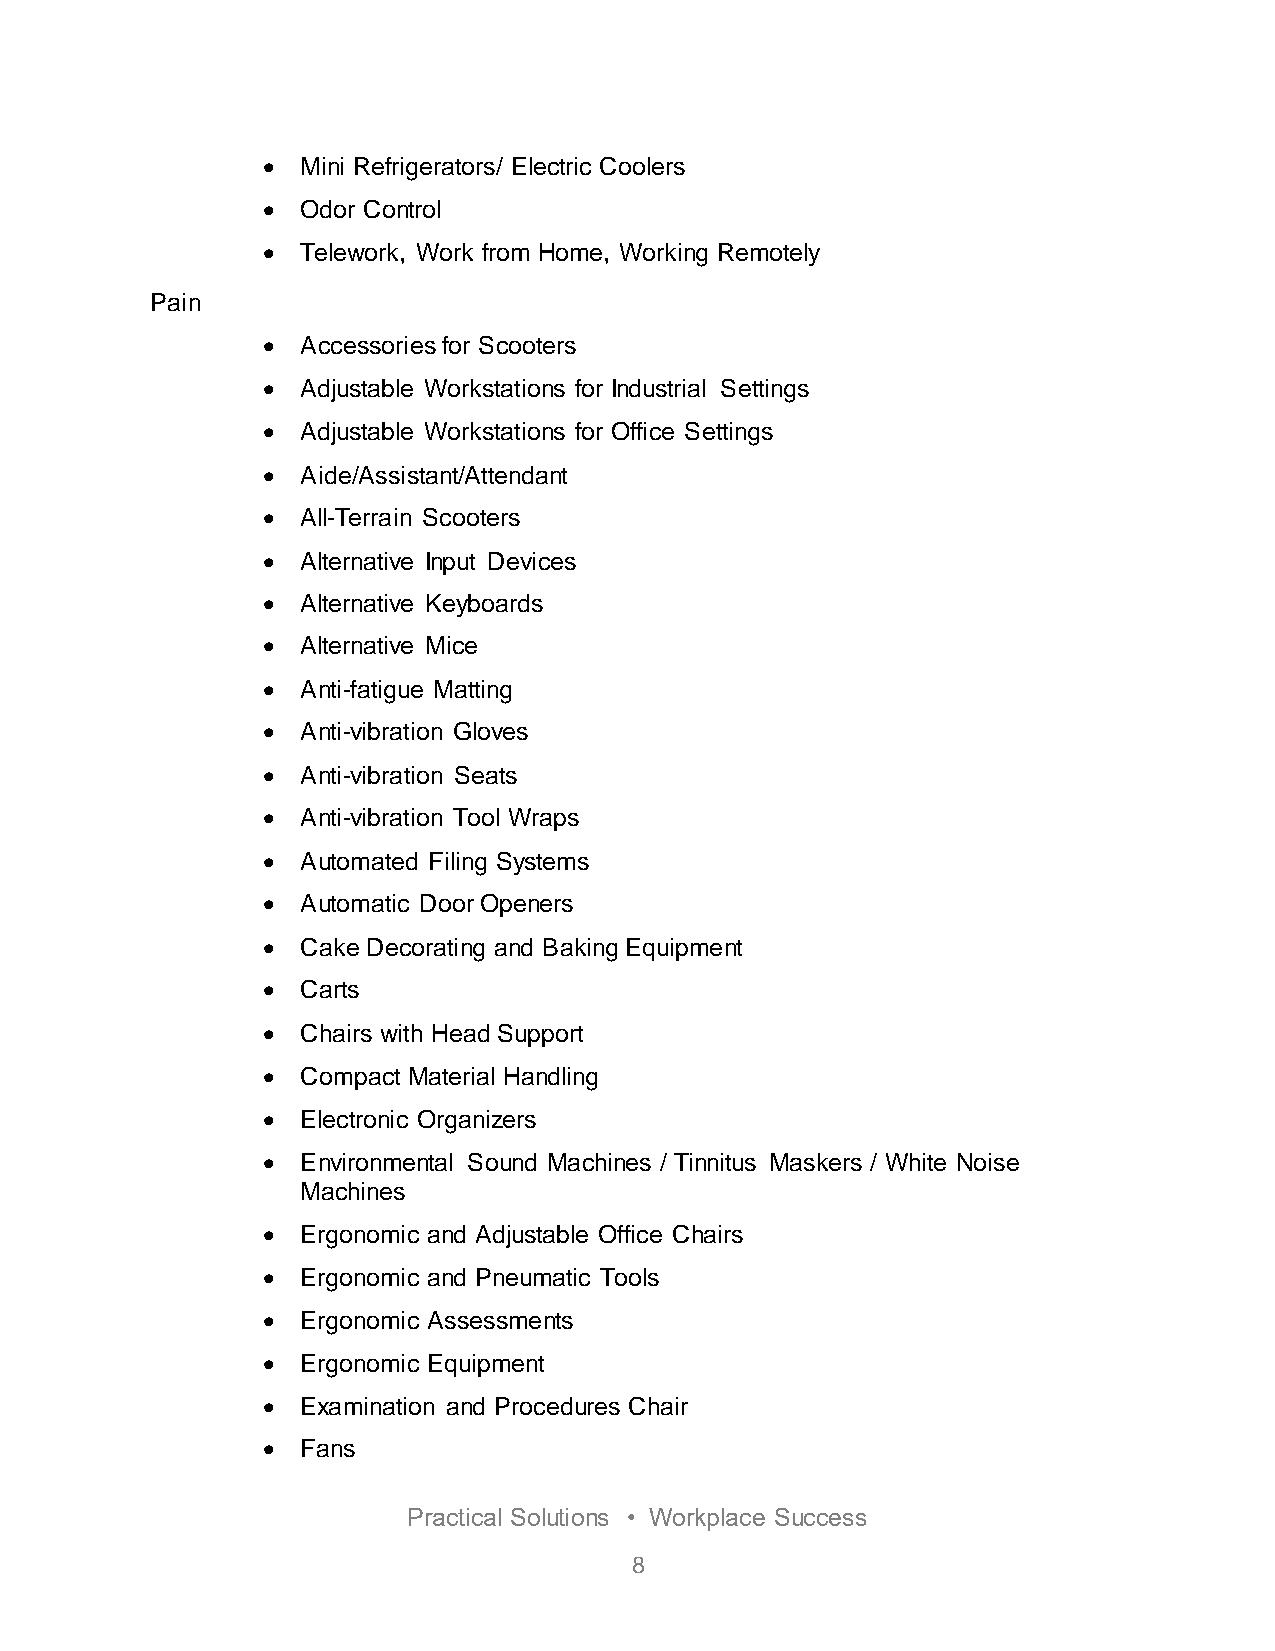
  Mini Refrigerators/ Electric Coolers
   Odor Control
   Telework, Work from Home, Working Remotely
 Pain
   Accessories for Scooters
   Adjustable Workstations for Industrial Settings
   Adjustable Workstations for Office Settings
   Aide/Assistant/Attendant
   All-Terrain Scooters
   Alternative Input Devices
   Alternative Keyboards
   Alternative Mice
   Anti-fatigue Matting
   Anti-vibration Gloves
   Anti-vibration Seats
   Anti-vibration Tool Wraps
   Automated Filing Systems
   Automatic Door Openers
   Cake Decorating and Baking Equipment
   Carts
   Chairs with Head Support
   Compact Material Handling
   Electronic Organizers
   Environmental Sound Machines / Tinnitus Maskers / White Noise
 Machines
   Ergonomic and Adjustable Office Chairs
   Ergonomic and Pneumatic Tools
   Ergonomic Assessments
   Ergonomic Equipment
   Examination and Procedures Chair
   Fans
 Practical Solutions • Workplace Success
 8